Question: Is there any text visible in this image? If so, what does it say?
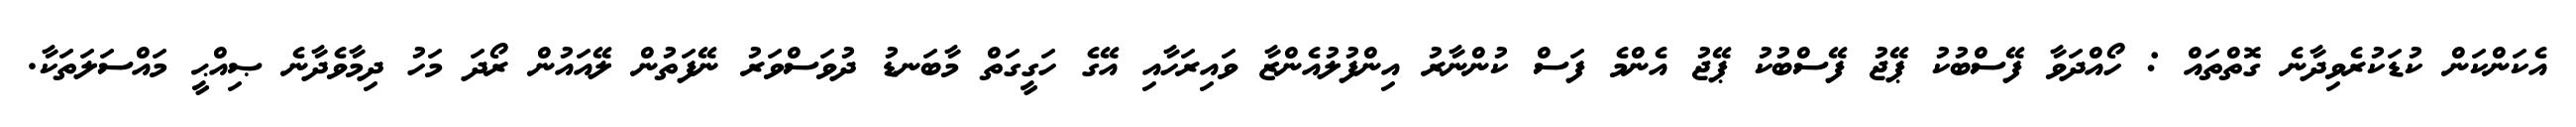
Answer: އެކަންކަން ކުޑަކުރެވިދާނެ ގޮތްތައް : ހޯއްދަވާ ފޭސްބުކު ޕޭޖު ފޭސްބުކު ޕޭޖު އެންމެ ފަސް ކުންނާރު އިންފުލުއެންޒާ ވައިރަހާއި އޭގެ ހަގީގަތް މާބަނޑު ދުވަސްވަރު ނޭފަތުން ލޭއައުން ރޯދަ މަހު ދިމާވެދާނެ ޞިއްޙީ މައްސަލަތަކާ.